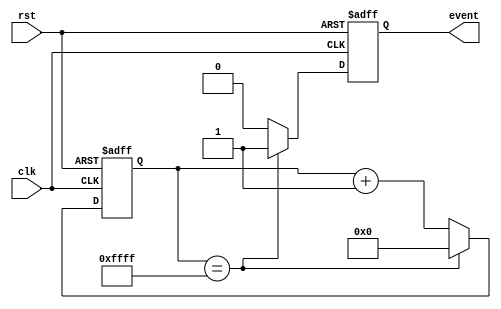
module event_timer (
input wire clk,
input wire rst,
output reg event
);

// Event timer parameters
parameter TIMER_WIDTH = 16;
parameter COUNT_MAX = 65535;
parameter EVENT_INTERVAL = 100;

// Event timer variables
reg [TIMER_WIDTH - 1:0] count;

// Event timer logic
always @(posedge clk or posedge rst) begin
if (rst) begin
count <= 0;
event <= 0;
end else begin
if (count == COUNT_MAX) begin
count <= 0;
event <= 1;
end else begin
count <= count + 1;
event <= 0;
end
end
end

endmodule